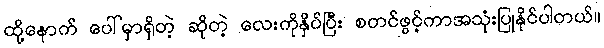
ထို့နောက် ပေါ်မှာရှိတဲ့ ဆိုတဲ့ လေးကိုနှိပ်ပြီး စတင်ဖွင့်ကာအသုံးပြုနိုင်ပါတယ်။